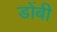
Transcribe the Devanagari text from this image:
डोंबी